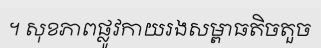
។ សុខភាពផ្លូវកាយរងសម្ពាធតិចតួច